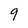
Character: 9